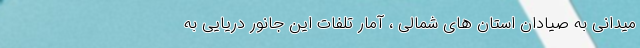
میدانی به صیادان استان های شمالی ، آمار تلفات این جانور دریایی به